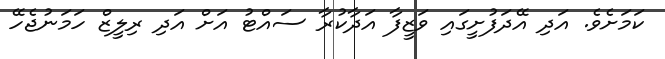
ކަމަށެވެ. އަދި އޭދަފުށީގައި ވަޒީފާ އަދާކުރާ ސައްޓު އަށް އަދި ރިލީޒް ހަމަނުޖެހޭ